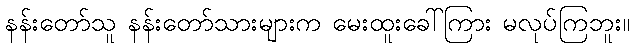
နန်းတော်သူ နန်းတော်သားများက မေးထူးခေါ်ကြား မလုပ်ကြဘူး။